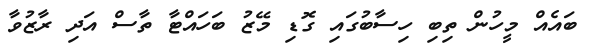
ބައެއް މީހުން ތިބި ހިސާބުގައި ގޮޑި މޭޒު ބަހައްޓާ ތާސް އަދި ރާޒުވާ